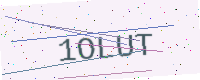
Text: 1OLUT